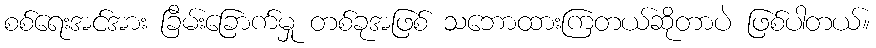
စစ်ရေးအင်အား ခြိမ်းခြောက်မှု တစ်ခုအဖြစ် သဘောထားကြတယ်ဆိုတာပဲ ဖြစ်ပါတယ်။